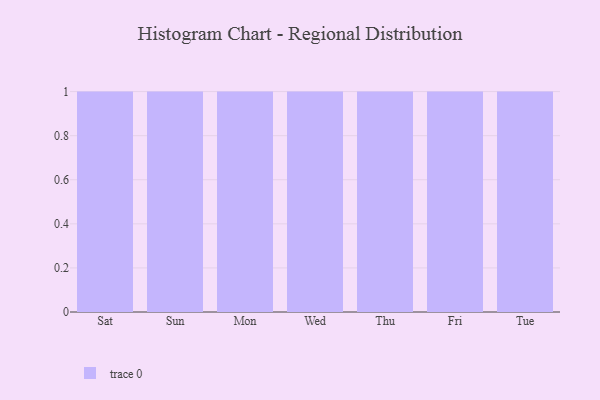
{"axis": {"x": "Day", "y": "Churn Rate (%)"}, "legend": [""], "data": [{"x": "Sat", "y": 78, "type": ""}, {"x": "Sun", "y": 81, "type": ""}, {"x": "Mon", "y": 61, "type": ""}, {"x": "Wed", "y": 93, "type": ""}, {"x": "Thu", "y": 23, "type": ""}, {"x": "Fri", "y": 10, "type": ""}, {"x": "Tue", "y": 75, "type": ""}]}